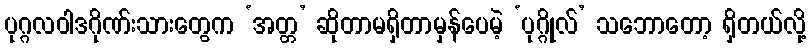
ပုဂ္ဂလဝါဒဂိုဏ်းသားတွေက ‘အတ္တ’ ဆိုတာမရှိတာမှန်ပေမဲ့ ‘ပုဂ္ဂိုလ်’ သဘောတော့ ရှိတယ်လို့